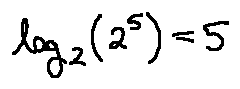
\log _ { 2 } ( 2 ^ { 5 } ) = 5